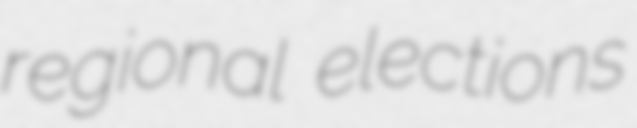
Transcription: regional elections